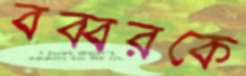
বব্বরকে